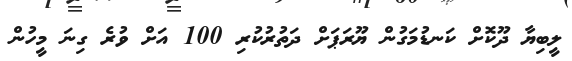
ލީބިޔާ ދޫކޮށް ކަނޑުމަގުން ޔޫރަޕަށް ދަތުރުކުރި 100 އަށް ވުރެ ގިނަ މީހުން